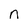
Character: n